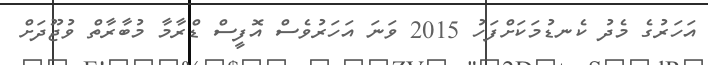
އަހަރުގެ މެދު ކެނޑުމަކަށްފަހު 2015 ވަނަ އަހަރުވެސް އޮފީސް ޑްރާމާ މުބާރާތް ވުޖޫދަށް